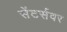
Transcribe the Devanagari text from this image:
सेंटर्सवर